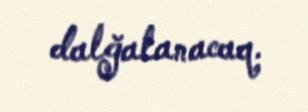
dalğalanacaq.